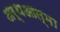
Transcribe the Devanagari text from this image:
अर्थआत्मा